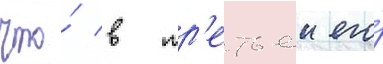
что́ в тр'етьеи его́